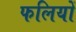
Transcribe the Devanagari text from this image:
फलियों